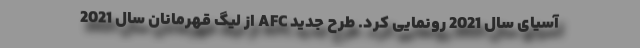
آسیای سال 2021 رونمایی کرد. طرح جدید AFC از لیگ قهرمانان سال 2021